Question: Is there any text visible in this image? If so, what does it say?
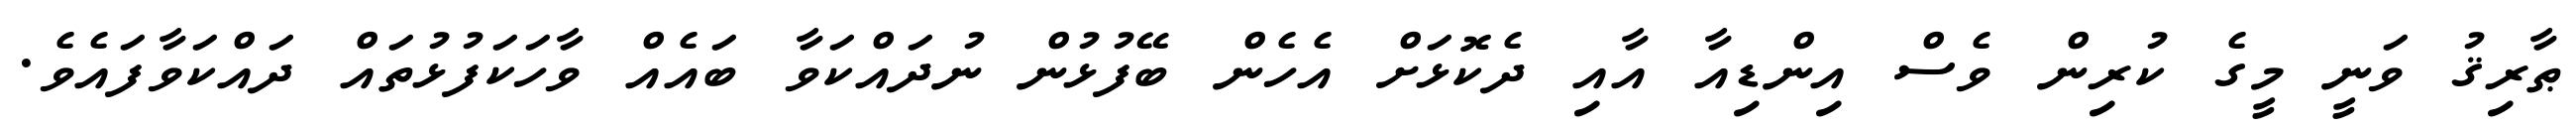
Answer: ޠާރިޤު ވަނީ މީގެ ކުރިން ވެސް އިންޑިއާ އާއި ދެކޮޅަށް އެހެން ބޭފުޅުން ނުދައްކަވާ ބައެއް ވާހަކަފުޅުތައް ދައްކަވާފައެވެ.